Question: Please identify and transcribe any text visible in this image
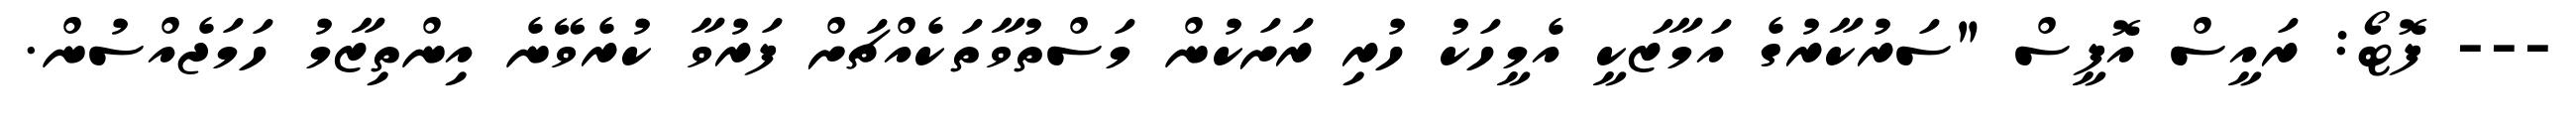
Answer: --- ފޮޓޯ: ރައީސް އޮފީސް "ސަރުކާރުގެ އަމާޒަކީ އެމީހަކު ހުރި ރަށަކުން މަސްތުވާތަކެއްޗަށް ފަރުވާ ކުރެވޭނެ އިންތިޒާމު ހަމަޖެއްސުން.